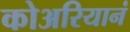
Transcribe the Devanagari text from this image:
कोअरियानं